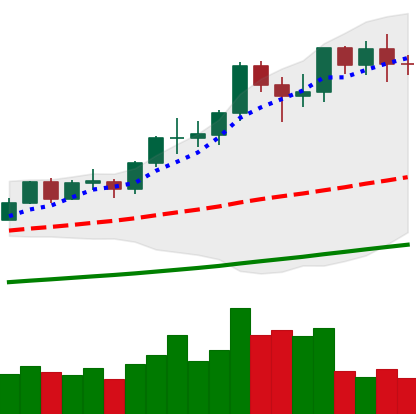
Ticker: LTC-USD
Chart end date: 2021-02-21
Forward return: -25.011%
Label: down_7plus